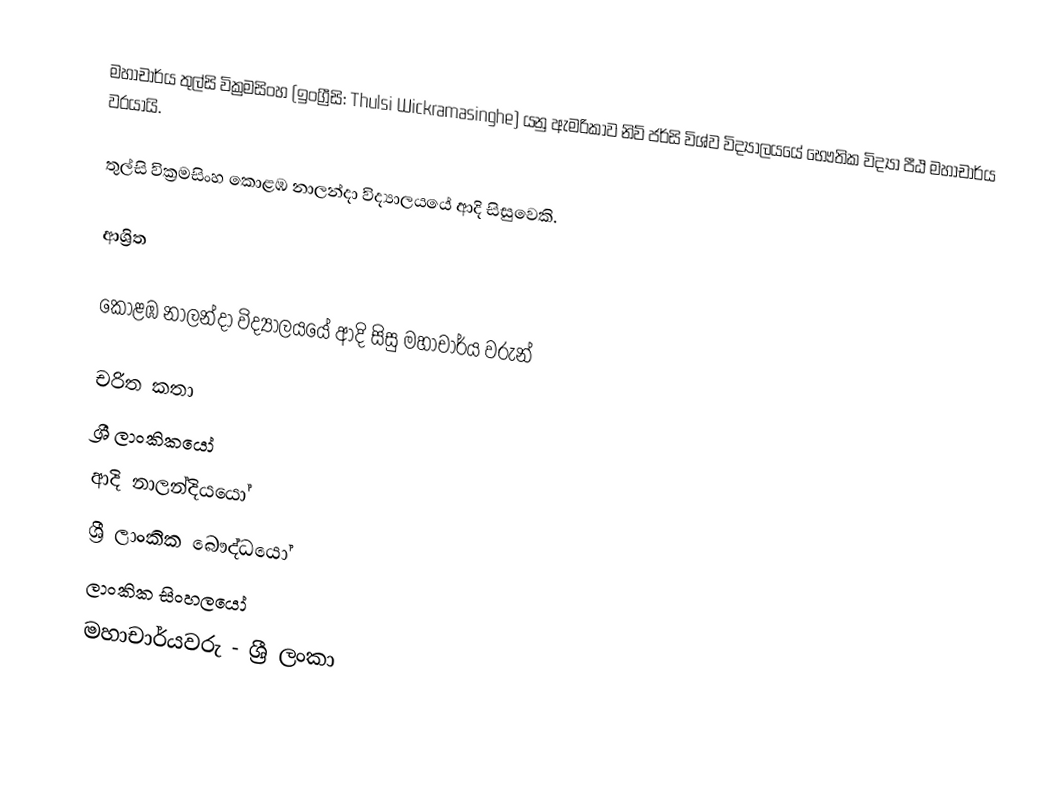
මහාචාර්ය තුල්සි වික්‍රමසිංහ (ඉංග්‍රීසි: Thulsi Wickramasinghe) යනු  ඇමරිකාව නිව් ජර්සි විශ්ව විද්‍යාලයයේ භෞතික විද්‍යා පීඨ මහාචාර්ය වරයායි.

තුල්සි වික්‍රමසිංහ  කොළඹ නාලන්දා විද්‍යාලයයේ ආදි සිසුවෙකි.

ආශ්‍රිත

 කොළඹ නාලන්දා විද්‍යාලයයේ ආදි සිසු මහාචාර්ය වරුන්

චරිත කතා
ශ්‍රී ලාංකිකයෝ
ආදි නාලන්දියයෝ
ශ්‍රී ලාංකික බෞද්ධයෝ
ලාංකික සිංහලයෝ
මහාචාර්යවරු - ශ්‍රී ලංකා